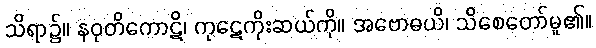
သိရာ၌။ နဝုတိကောဋိ၊ ကုဋေကိုးဆယ်ကို။ အဗောဓယိ၊ သိစေတော်မူ၏။